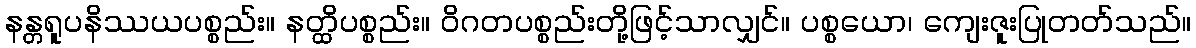
နန္တရူပနိဿယပစ္စည်း။ နတ္ထိပစ္စည်း။ ဝိဂတပစ္စည်းတို့ဖြင့်သာလျှင်။ ပစ္စယော၊ ကျေးဇူးပြုတတ်သည်။